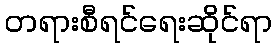
တရားစီရင်ရေးဆိုင်ရာ